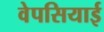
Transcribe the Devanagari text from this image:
वेपसियाई